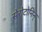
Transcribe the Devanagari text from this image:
सेरोटोनिन्